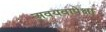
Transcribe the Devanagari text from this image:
अवयवापेक्षा